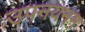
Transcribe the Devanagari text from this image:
उपनयनम